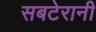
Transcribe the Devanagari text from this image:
सबटेरानी